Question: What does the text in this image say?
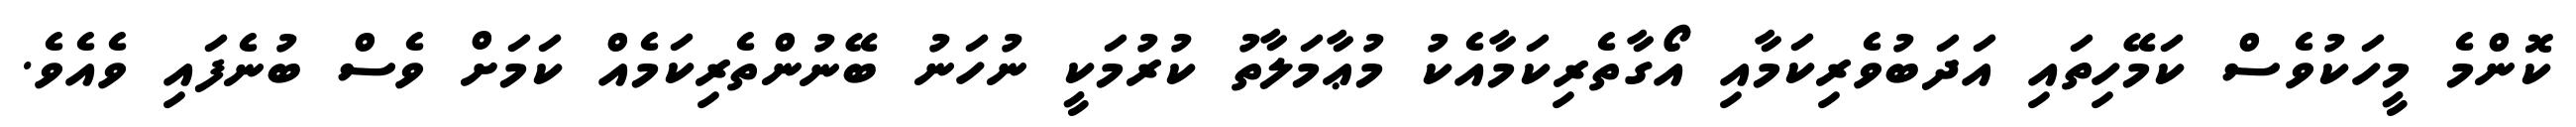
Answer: ކޮންމެ މީހަކުވެސް ކަމޭހިތައި އަދަބުވެރިކަމާއި އޯގާތެރިކަމާއެކު މުޢާމަލާތު ކުރުމަކީ ނުހަނު ބޭނުންތެރިކަމެއް ކަމަށް ވެސް ބުނެފައި ވެއެވެ.